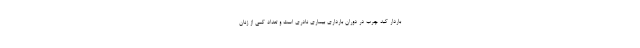
باردار کبد چرب در دوران بارداری بیماری نادری است و تعداد کمی از زنان